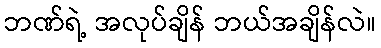
ဘဏ်ရဲ့ အလုပ်ချိန် ဘယ်အချိန်လဲ။